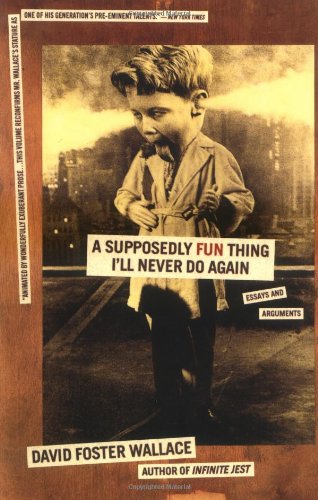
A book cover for A Supposedly Fun Thing I'll Never Do Again: Essays and Arguments; David Foster Wallace; Humor & Entertainment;